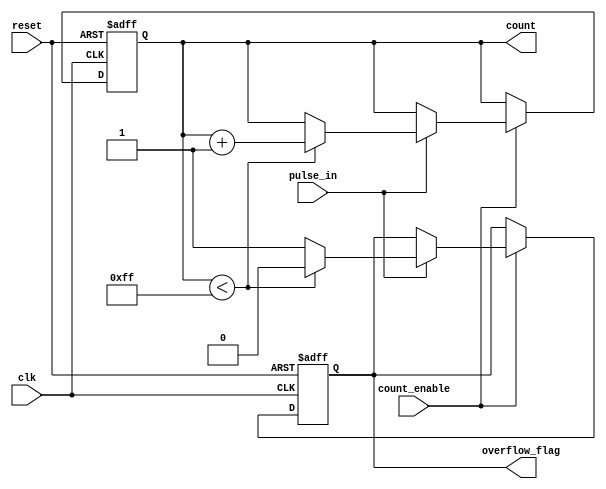
module pulse_counter (
    input wire clk,              // Clock signal
    input wire reset,            // Asynchronous reset signal
    input wire pulse_in,         // Input pulse signal
    input wire count_enable,     // Count enable signal
    output reg [7:0] count,      // 8-bit output count
    output reg overflow_flag      // Overflow flag
);

    // Parameter for maximum count value
    parameter MAX_COUNT = 8'hFF; // Maximum count value (255 for 8-bit)

    // Always block triggered on the rising edge of the clock
    always @(posedge clk or posedge reset) begin
        if (reset) begin
            // Reset the count and overflow flag
            count <= 8'b0;
            overflow_flag <= 1'b0;
        end else if (count_enable) begin
            // Check for pulse input rising edge
            if (pulse_in) begin
                // Increment the count
                if (count < MAX_COUNT) begin
                    count <= count + 1;
                    overflow_flag <= 1'b0; // No overflow
                end else begin
                    overflow_flag <= 1'b1; // Set overflow flag
                end
            end
        end
    end

endmodule